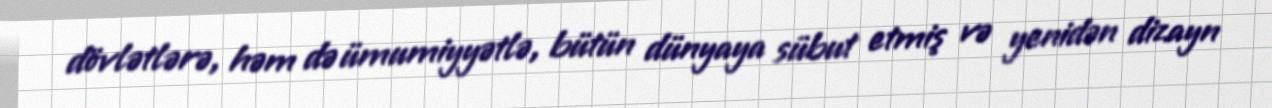
dövlətlərə, həm də ümumiyyətlə, bütün dünyaya sübut etmiş və yenidən dizayn